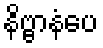
နိဗ္ဗာနံပေ